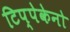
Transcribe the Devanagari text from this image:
टिप्पेकेनो